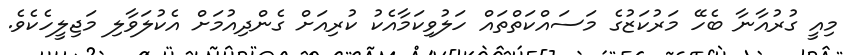
މިއީ ގުރުއާނާ ބެހޭ މަރުކަޒުގެ މަސައްކަތްތައް ހަލުވިކަމާއެކު ކުރިއަށް ގެންދިއުމަށް އެކުލަވާލި މަޖިލީހެކެވެ.